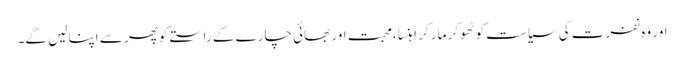
اور وہ نفرت کی سیاست کو ٹھوکر مار کر اہنسا ،محبت اور بھائی چارے کے راستے کوپھر سے اپنالیں گے۔